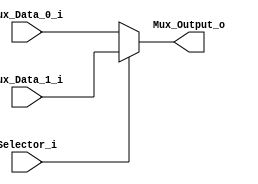
/******************************************************************
* Description
*	This is a 2 to 1 multiplexer that can be parameterized in its bit-width.
*	1.0
* Author:
*	Dr. Jos Luis Pizano Escalante
* email:
*	luispizano@iteso.mx
* Date:
*	16/08/2021
*
* Modified by:
*	IS727550 - Diaz Aguayo; IS727272 - Cordero Hernandez
******************************************************************/

module Multiplexer_2_to_1
#(
	parameter NBits = 32
)
(
	input Selector_i,
	input [NBits-1:0] Mux_Data_0_i,
	input [NBits-1:0] Mux_Data_1_i,
	
	output reg [NBits-1:0] Mux_Output_o

);

	always@(Selector_i ,Mux_Data_1_i ,Mux_Data_0_i) begin
		if(Selector_i)
			Mux_Output_o = Mux_Data_1_i;
		else
			Mux_Output_o = Mux_Data_0_i;
	end

endmodule